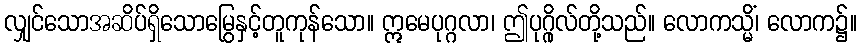
လျှင်သောအဆိပ်ရှိသောမြွေနှင့်တူကုန်သော။ ဣမေပုဂ္ဂလာ၊ ဤပုဂ္ဂိုလ်တို့သည်။ လောကသ္မိံ၊ လောက၌။